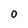
Character: O